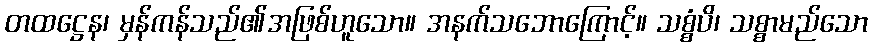
တထဋ္ဌေန၊ မှန်ကန်သည်၏အဖြစ်ဟူသော။ အနက်သဘောကြောင့်။ သစ္စံပိ၊ သစ္စာမည်သော